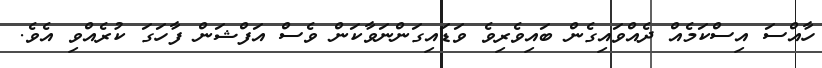
ހާއްސަ އިސްކަމެއް ދެއްވައިގެން ބައިވެރިވެ ވަޑައިގަންނަވާކަން ވެސް އަފްޝަން ފާހަގަ ކުރެއްވި އެވެ.